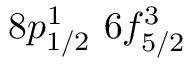
8 p _ { 1 / 2 } ^ { 1 } \, \, 6 f _ { 5 / 2 } ^ { 3 }